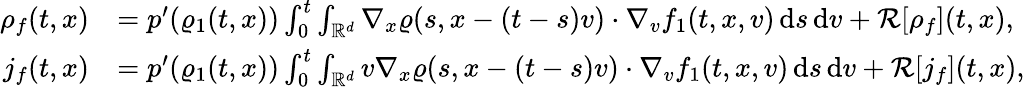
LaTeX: \begin{array}{rl}{\rho_{f}(t,x)}&{=p^{\prime}(\varrho_{1}(t,x))\int_{0}^{t}\int_{\mathbb R^{d}}\nabla_{x}\varrho(s,x-(t-s)v)\cdot\nabla_{v}f_{1}(t,x,v)\, \mathrm{d}s\, \mathrm{d}v+\mathcal{R}[\rho_{f}](t,x),}\\ {j_{f}(t,x)}&{=p^{\prime}(\varrho_{1}(t,x))\int_{0}^{t}\int_{\mathbb R^{d}}v\nabla_{x}\varrho(s,x-(t-s)v)\cdot\nabla_{v}f_{1}(t,x,v)\, \mathrm{d}s\, \mathrm{d}v+\mathcal{R}[j_{f}](t,x),}\end{array}